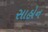
સાહોન